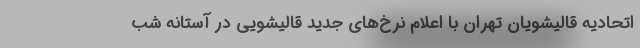
اتحادیه قالیشویان تهران با اعلام نرخ‌های جدید قالیشویی در آستانه شب